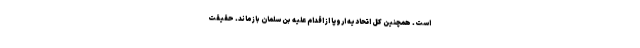
است. همچنین کل اتحادیه اروپا از اقدام علیه بن سلمان بازماند. حقیقت